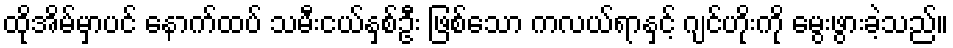
ထိုအိမ်မှာပင် နောက်ထပ် သမီးငယ်နှစ်ဦး ဖြစ်သော ကလယ်ရာနှင့် ဂျင်ဟိုးကို မွေးဖွားခဲ့သည်။